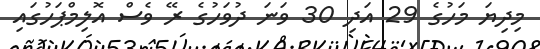
މިދިޔަ މަހުގެ 29 އަދި 30 ވަނަ ދުވަހުގެ ރޭ ވެސް އޮލިމްޕަހުގައި